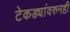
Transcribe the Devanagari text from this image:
टेकड्यांवरुनही